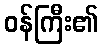
ဝန်ကြီး၏